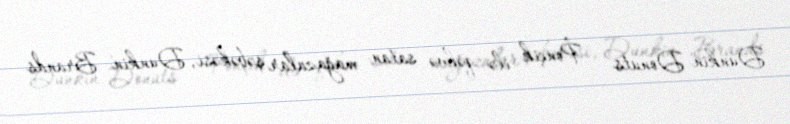
Dunkin' Donuts — Ponçik ilə qəhvə satan mağazalar şəbəkəsi, Dunkin' Brands